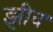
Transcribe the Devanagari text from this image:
झीव